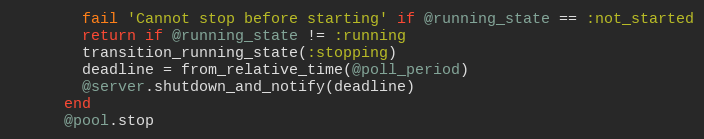
Language: Ruby
        fail 'Cannot stop before starting' if @running_state == :not_started
        return if @running_state != :running
        transition_running_state(:stopping)
        deadline = from_relative_time(@poll_period)
        @server.shutdown_and_notify(deadline)
      end
      @pool.stop